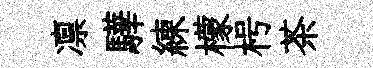
凛驊練檬枵茶